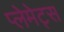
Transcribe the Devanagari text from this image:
प्लेमेट्स